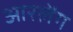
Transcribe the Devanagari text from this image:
आरलेंग